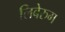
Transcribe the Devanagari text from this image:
लिबेरुम